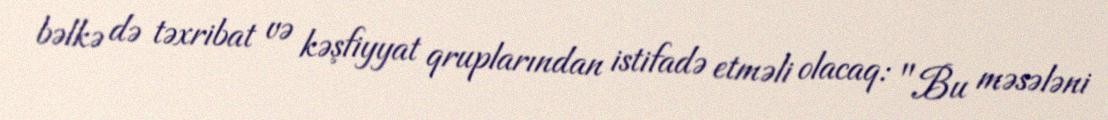
bəlkə də təxribat və kəşfiyyat qruplarından istifadə etməli olacaq: "Bu məsələni